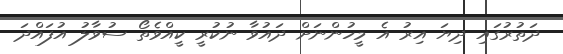
ދަތުރުގައި ދިޔަ އިރު އެ މީހުންނަށް ދައުވާ ނުކުރީ ކީއްވެތޯ ސުވާލު އުފައްދަ